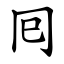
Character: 囘